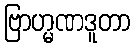
ဗြာဟ္မဏဒူတာ